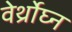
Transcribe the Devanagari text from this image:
वेर्थ्रोघ्न